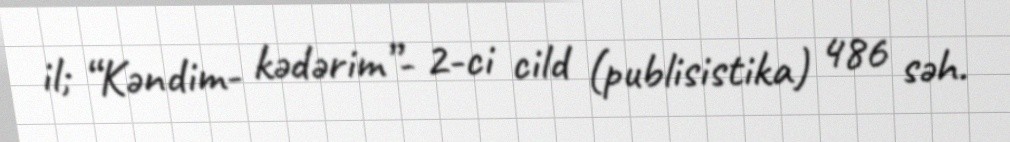
il; “Kəndim- kədərim”- 2-ci cild (publisistika) 486 səh.